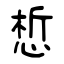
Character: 惁